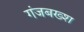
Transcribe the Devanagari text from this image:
गंजबख्श